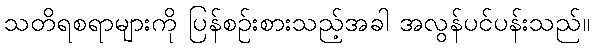
သတိရစရာများကို ပြန်စဉ်းစားသည့်အခါ အလွန်ပင်ပန်းသည်။